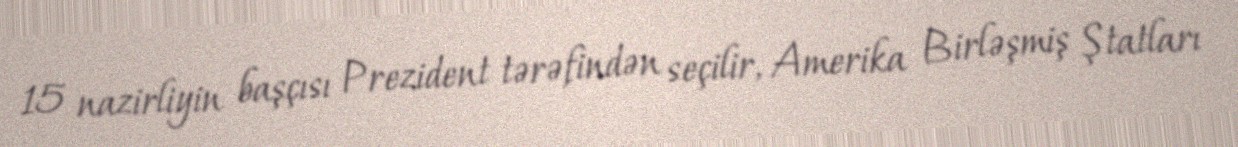
15 nazirliyin başçısı Prezident tərəfindən seçilir, Amerika Birləşmiş Ştatları